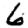
Digit: 6